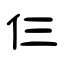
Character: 仨